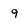
Character: 9